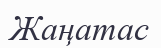
Жаңатас